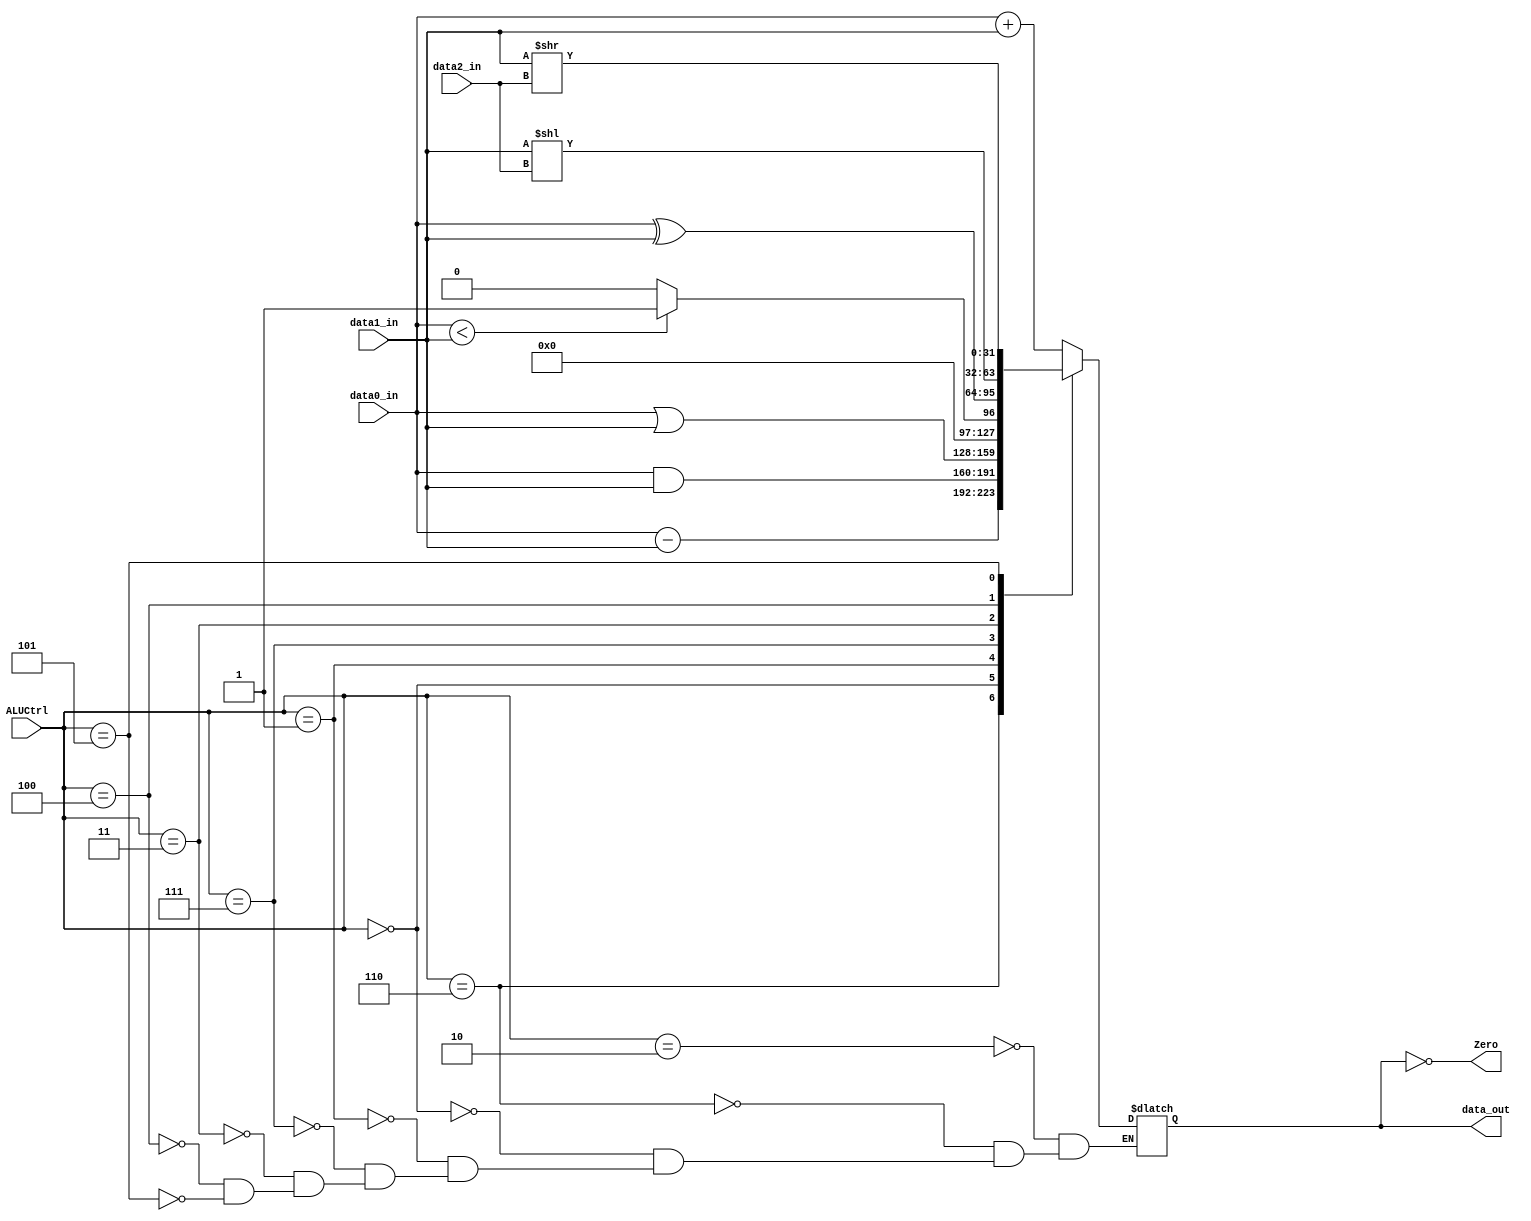
module ALU(data0_in,data1_in,data2_in,ALUCtrl,data_out,Zero);

input	[31:0]	data0_in;
input	[31:0]	data1_in;
input [4:0] data2_in;
input	[3:0]	ALUCtrl;
output	[31:0]	data_out;
output	Zero;

reg [31:0] data_out;
wire Zero;
assign Zero = (data_out == 0);

always @(data0_in or data1_in or ALUCtrl or data2_in)
begin
  case (ALUCtrl)
	4'b0010:
		data_out = data0_in + data1_in;
	4'b0110:
		data_out = data0_in - data1_in;
	4'b0000:
		data_out = data0_in & data1_in;
	4'b0001:
		data_out = data0_in | data1_in;
	4'b0111:
		data_out = (data0_in < data1_in) ? 1 : 0;
	4'b0011:
		data_out = data0_in ^ data1_in;
	4'b0100:
		data_out = data1_in << data2_in;
	4'b0101:
		data_out = data1_in >> data2_in;
  endcase
	
end

endmodule